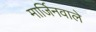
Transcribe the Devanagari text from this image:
मार्जिनवाले